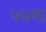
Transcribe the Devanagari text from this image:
७७वा